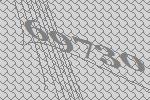
69730